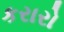
કરારો